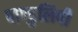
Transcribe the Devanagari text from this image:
पाण्डुलिपी